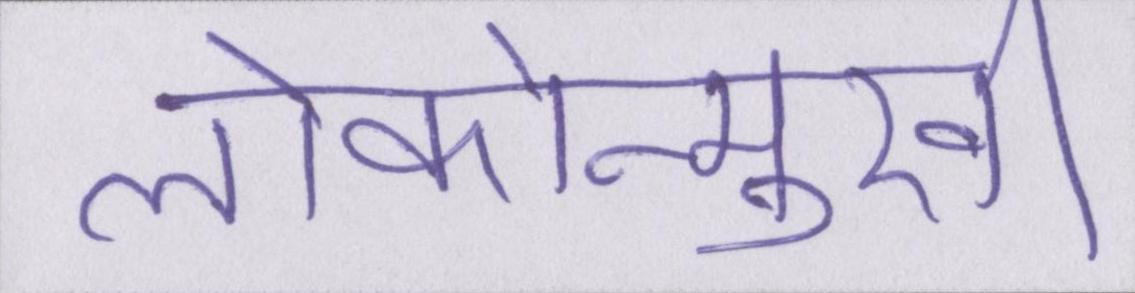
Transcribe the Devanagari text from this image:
लोकोन्मुखी